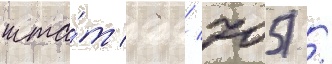
шта́т 98/ 705) /